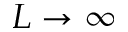
L \rightarrow \infty